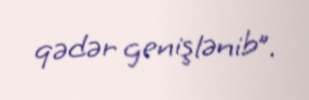
qədər genişlənib”.